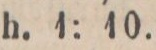
h. 1: 10.